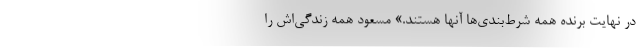
در نهایت برنده همه شرط‌بندی‌ها آنها هستند.» مسعود همه زندگی‌اش را